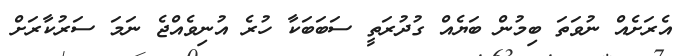
އެރަށެއް ނުވަތަ ބިމުން ބަޔެއް ގުދުރަތީ ސަބަބަކާ ހުރެ އުނިވެއްޖެ ނަމަ ސަރުކާރަށް